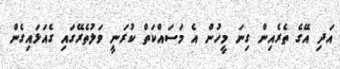
އަދި އޭގެ ތެރެއިން ގިނަ މީހުން އެ މަސައްކަތް ކުރަނީ ވަލުތެރޭގައި ގެއަޅައިގެން